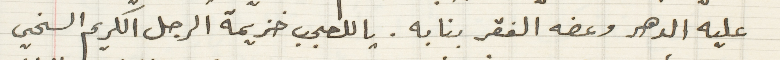
عليه الدهر وعضه الفقر بنابه. يا للعجب خزيمة الرجل الكريم السخي